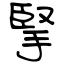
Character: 掔